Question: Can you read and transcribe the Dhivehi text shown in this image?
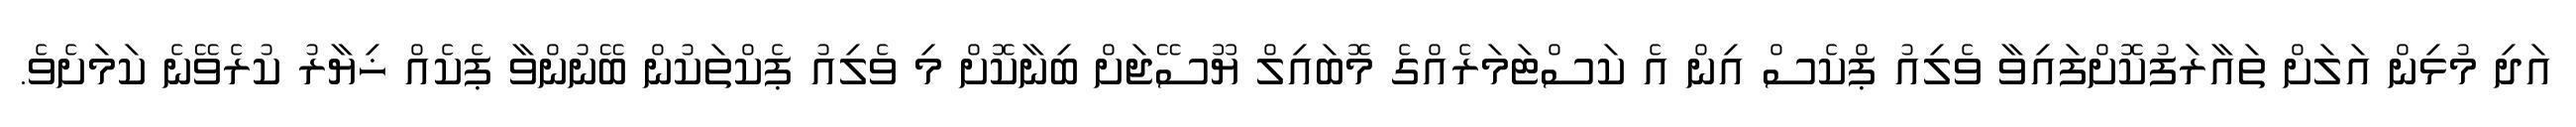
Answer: އަދި މުޅިން އަލަށް ތައާރަފުކޮށްފައިވާ ވެލިއު ޕްކެސް އިން އެ ކަސްޓަމަރެއްގެ މޮބައިލް ޔޫސޭޖަށް ބިނާކޮށް މި ވެލިއު ޕެކްތަކުން ބޭނުންވާ ޕެކެއް ޚިޔާރު ކުރެވޭނެ ކަމަށެވެ.